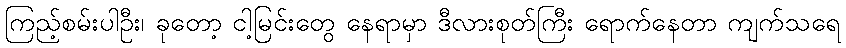
ကြည့်စမ်းပါဦး၊ ခုတော့ ငါ့မြင်းတွေ နေရာမှာ ဒီလားစုတ်ကြီး ရောက်နေတာ ကျက်သရေ